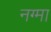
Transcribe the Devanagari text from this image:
नग्मा